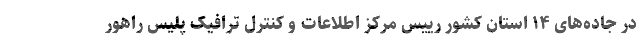
در جاده‌های ۱۴ استان کشور رییس مرکز اطلاعات و کنترل ترافیک پلیس راهور